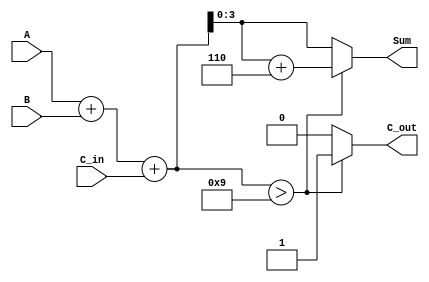
module BCD_Conditional_Adder (
    input  [3:0] A,      // First BCD digit (0-9)
    input  [3:0] B,      // Second BCD digit (0-9)
    input        C_in,    // Carry input
    output reg [3:0] Sum, // Resulting BCD digit
    output reg C_out      // Carry output
);

    reg [4:0] S; // 5-bit sum to hold A + B + C_in

    always @(*) begin
        // Step 1: Compute the binary sum
        S = A + B + C_in;

        // Step 2: Check if the sum exceeds the BCD range
        if (S > 9) begin
            // Apply correction by adding 6 (0110 in binary)
            Sum = S[3:0] + 4'b0110; // Correct the result
            C_out = 1;              // Set carry out
        end else begin
            Sum = S[3:0];           // No correction needed
            C_out = 0;              // No carry out
        end
    end

endmodule